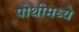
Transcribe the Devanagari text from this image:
पोथीमध्ये